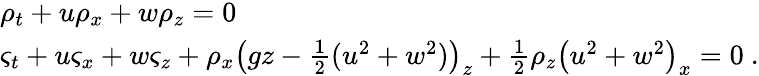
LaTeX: \begin{array}{l}{\rho_{t}+u\rho_{x}+w\rho_{z}=0}\\ {\varsigma_{t}+u\varsigma_{x}+w\varsigma_{z}+\rho_{x}\big(gz-\frac 12(u^{2}+w^{2})\big)_{z}+\frac 12\rho_{z}\big(u^{2}+w^{2}\big)_{x}=0\ .}\end{array}